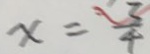
x = \frac { 3 } { 4 }